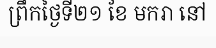
ព្រឹកថ្ងៃទី២១ ខែ មករា នៅ